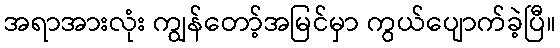
အရာအားလုံး ကျွန်တော့်အမြင်မှာ ကွယ်ပျောက်ခဲ့ပြီ။